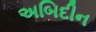
અબિદીન